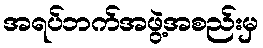
အရပ်ဘက်အဖွဲ့အစည်းမှ